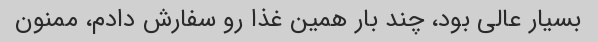
بسیار عالی بود، چند بار همین غذا رو سفارش دادم، ممنون